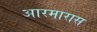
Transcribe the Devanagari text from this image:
आरमारास